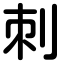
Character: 刺